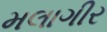
મલાગીર